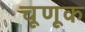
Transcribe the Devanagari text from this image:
चूणूक